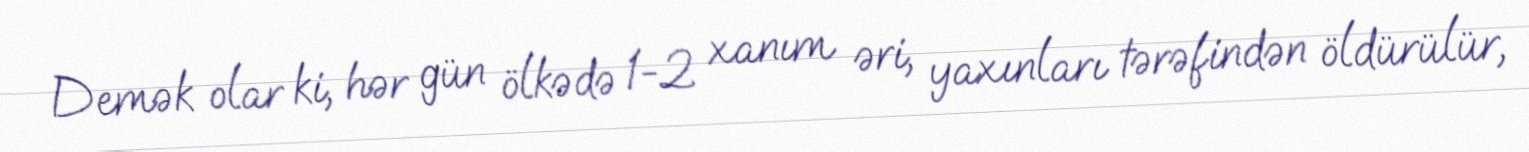
Demək olar ki, hər gün ölkədə 1-2 xanım əri, yaxınları tərəfindən öldürülür,